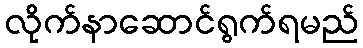
လိုက်နာဆောင်ရွက်ရမည်